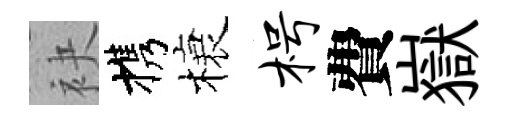
袂携榱枵費嶽